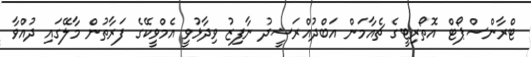
ޓްރާންސްޕޯޓް އޮތޯރިޓީގެ ޗެއާމަން އަބްދުއްރަޝީދު ނާފިޒު ވިދާޅުވީ އެމްވީކޭގެ ފަރާތުން މާލޭގައި ދުއްވާ